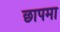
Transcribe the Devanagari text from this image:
छापमा